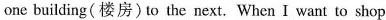
one building(楼房)to the next.When I want to shop